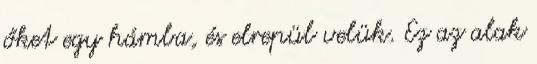
őket egy hámba, és elrepül velük. Ez az alak